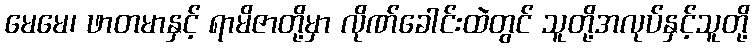
မေမေ၊ ဖာတမာနှင့် ရာမိဇာတို့မှာ လိုဏ်ခေါင်းထဲတွင် သူတို့အလုပ်နှင့်သူတို့